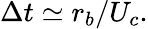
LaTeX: \Delta t\simeq{r_{b}}/{U_{c}}.